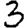
Digit: 3